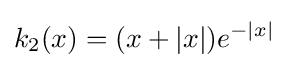
k_{2}(x)=(x+|x|)e^{-|x|}